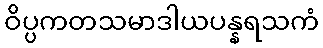
ဝိပ္ပကတသမာဒါယပန္နရသကံ